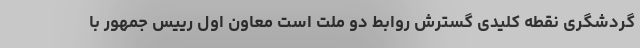
گردشگری نقطه کلیدی گسترش روابط دو ملت است معاون اول رییس جمهور با